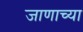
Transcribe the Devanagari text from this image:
जाणाच्या